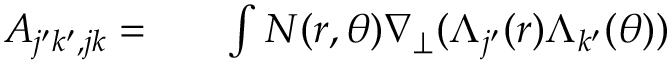
\begin{array} { r l r } { A _ { j ^ { \prime } k ^ { \prime } , j k } = } & { { } } & { \int N ( r , \theta ) \nabla _ { \perp } ( \Lambda _ { j ^ { \prime } } ( r ) \Lambda _ { k ^ { \prime } } ( \theta ) ) } \end{array}